Lunatic asylums Burma 1907-21 - 1907-1921
Year: 1907
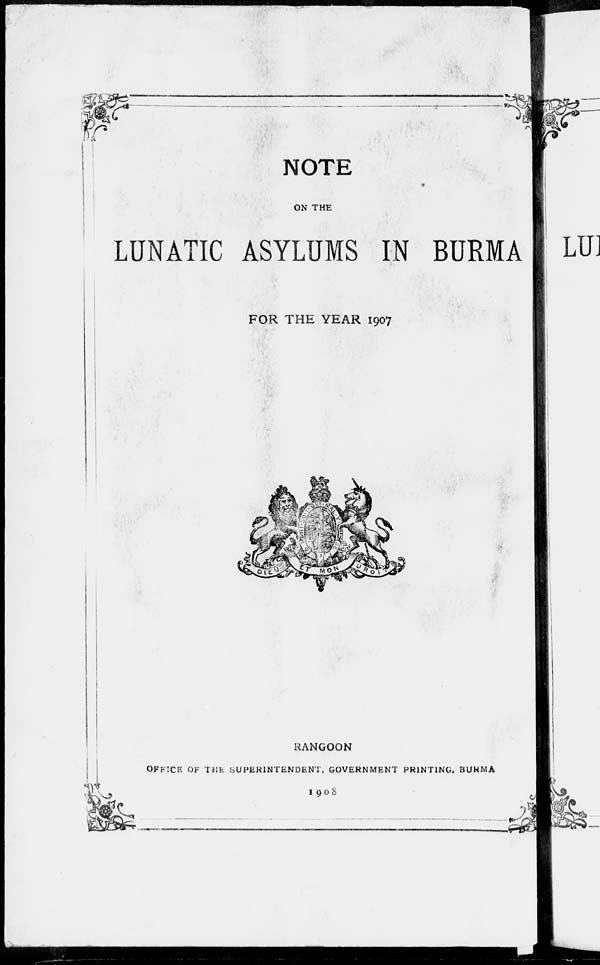
NOTE
ON THE
LUNATIC ASYLUMS IN BURMA
FOR THE YEAR 1907
RANGOON
OFFICE OF THE SUPERINTENDENT, GOVERNMENT PRINTING, BURMA
1908